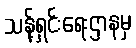
သန့်ရှင်းရေးဌာနမှ